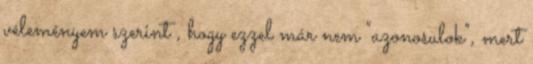
véleményem szerint , hogy ezzel már nem "azonosulok", mert